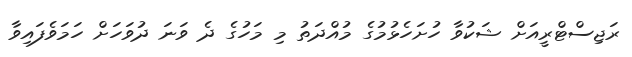
ރަޖިސްޓްރީއަށް ޝަކުވާ ހުށަހެޅުމުގެ މުއްދަތު މި މަހުގެ ދެ ވަނަ ދުވަހަށް ހަމަވެފައިވާ